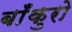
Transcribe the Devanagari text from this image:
बाँकुरो